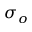
\sigma _ { o }